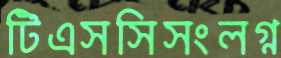
টিএসসিসংলগ্ন